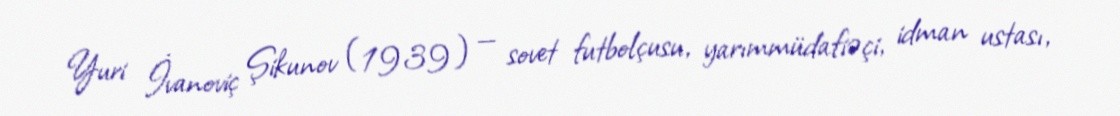
Yuri İvanoviç Şikunov (1939) — sovet futbolçusu, yarımmüdafiəçi, idman ustası,